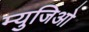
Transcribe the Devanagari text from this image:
म्युजिओ